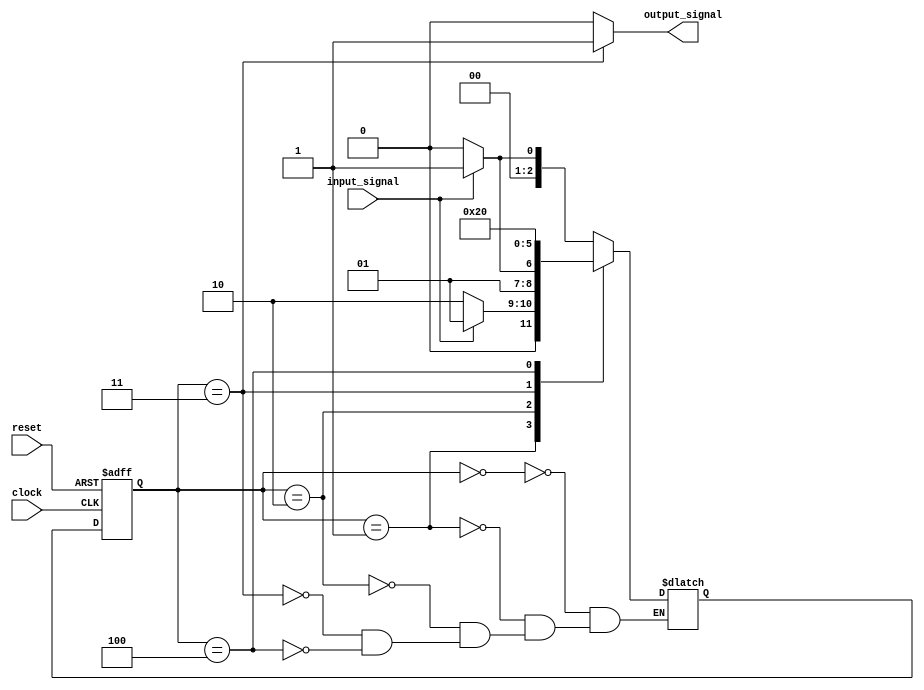
module mealy_state_machine_with_wait_states (
    input input_signal,
    input clock,
    input reset,
    output reg output_signal
);
    
// state definitions
parameter STATE_IDLE = 3'b000;
parameter STATE_WAIT_1 = 3'b001;
parameter STATE_WAIT_2 = 3'b010;
parameter STATE_OUTPUT_1 = 3'b011;
parameter STATE_OUTPUT_2 = 3'b100;

// state register
reg [2:0] state_reg, next_state;

always @ (posedge clock or posedge reset)
begin
    if (reset)
        state_reg <= STATE_IDLE;
    else
        state_reg <= next_state;
end

// next state logic
always @(*)
begin
    case (state_reg)
        STATE_IDLE:
            if (input_signal)
                next_state = STATE_WAIT_1;
            else
                next_state = STATE_IDLE;
        STATE_WAIT_1:
            if (input_signal)
                next_state = STATE_WAIT_1;
            else
                next_state = STATE_WAIT_2;
        STATE_WAIT_2:
            if (input_signal)
                next_state = STATE_OUTPUT_1;
            else
                next_state = STATE_WAIT_2;
        STATE_OUTPUT_1:
            next_state = STATE_OUTPUT_2;
        STATE_OUTPUT_2:
            next_state = STATE_IDLE;
    endcase
end

// output logic
always @(*)
begin
    case (state_reg)
        STATE_OUTPUT_1:
            output_signal = 1;
        STATE_OUTPUT_2:
            output_signal = 0;
        default:
            output_signal = 0;
    endcase
end

endmodule